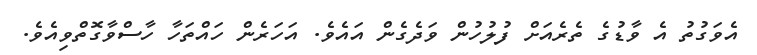
އެވަގުތު އެ ވާޑުގެ ތެރެއަށް ފުލުހުން ވަދެގެން އައެވެ. އަހަރެން ހައްތަހާ ހާސްވާގޮތްވިއެވެ.